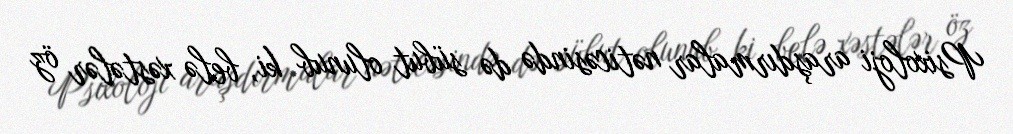
Psixoloji araşdırmalar nəticəsində də sübut olunub ki, belə xəstələr öz